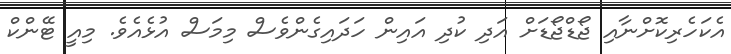
އެކަހެރިކޮށްނާއި ޖޯޑްޖޯޑަށް އަދި ކުދި އައިން ހަދައިގެންވެސް މިމަސް އުޅެއެވެ. މިއީ ޓޭންކް